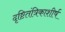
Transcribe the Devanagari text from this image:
दृष्टितंत्रिकाशीर्ष